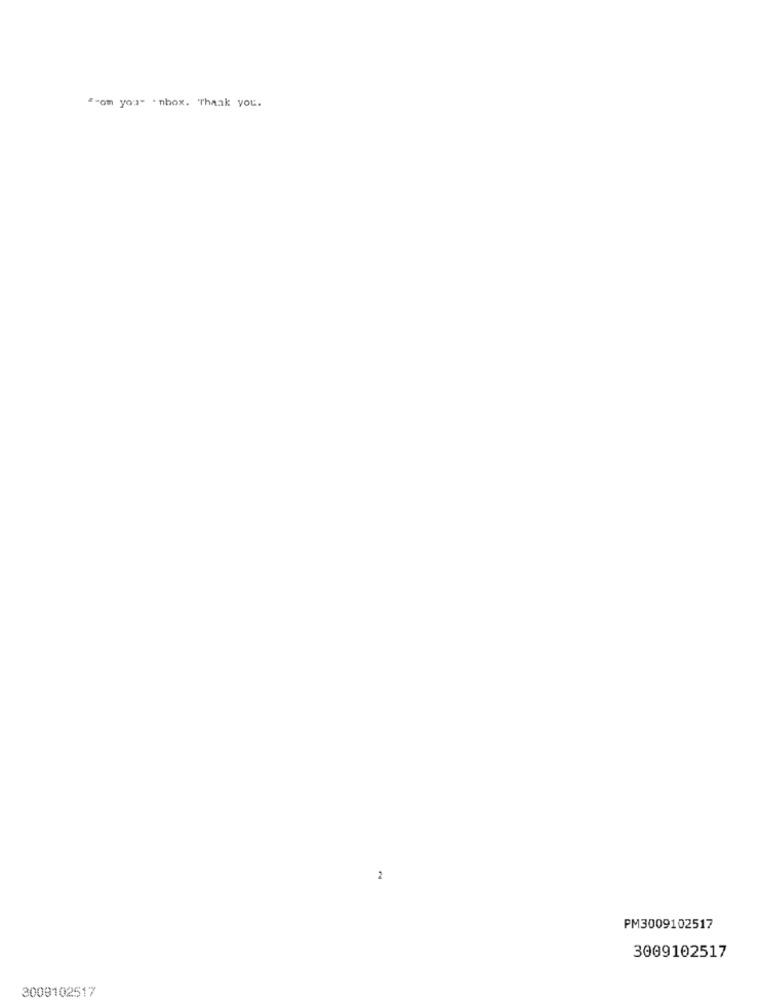
"com you" . nbox. Thank you.
2
PM3009102517
3009102517
3009102517